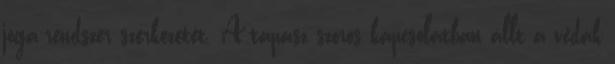
jóga-rendszer szerkezetét. A tapasz szoros kapcsolatban állt a védák